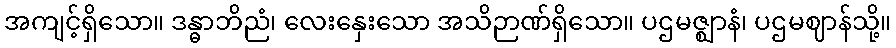
အကျင့်ရှိသော။ ဒန္ဓာဘိညံ၊ လေးနှေးသော အသိဉာဏ်ရှိသော။ ပဌမဇ္ဈာနံ၊ ပဌမဈာန်သို့။